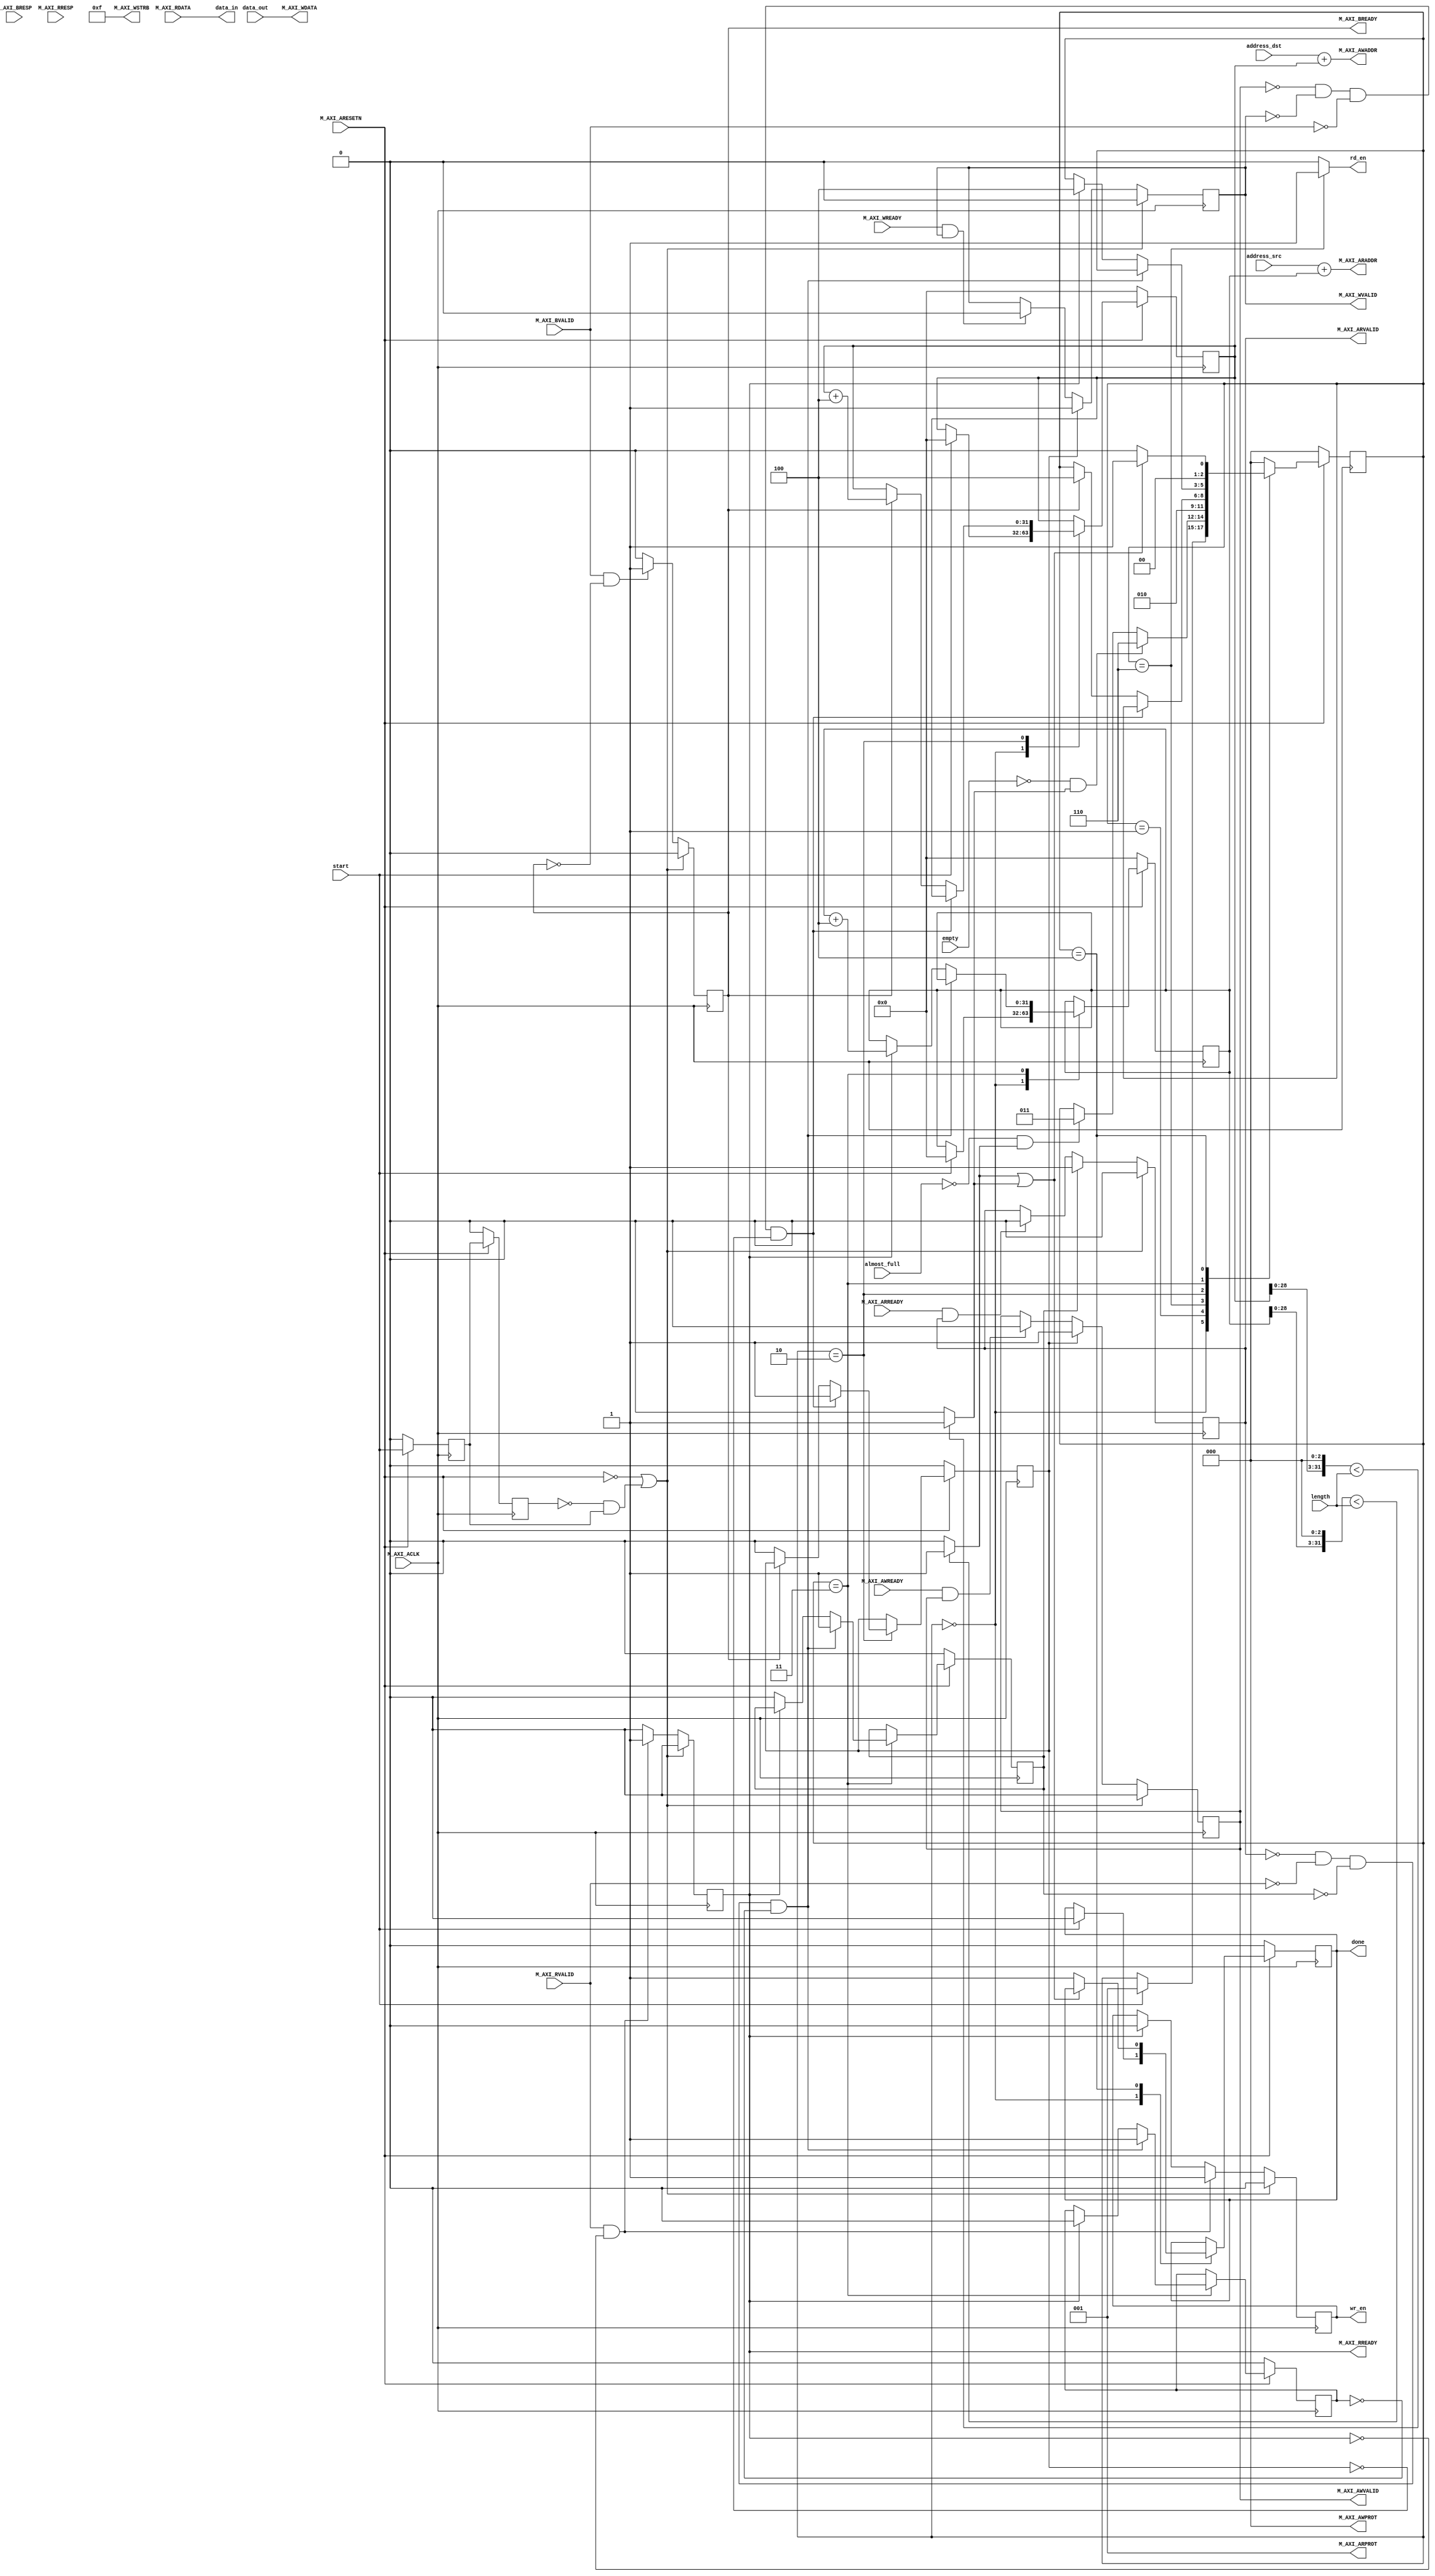
module axi_master #
(
	parameter integer C_M_AXI_ADDR_WIDTH	= 32,
	parameter integer C_M_AXI_DATA_WIDTH	= 32
)
(
  input wire start,
  output reg done,

  input wire [31:0] address_dst,
  input wire [31:0] address_src,
  input wire [15:0] length, 

  output wire rd_en,
  input wire [31:0]data_out,
  input wire empty,

  output reg wr_en,
  output wire [31:0] data_in,
  input wire almost_full,

	input wire  M_AXI_ACLK,
	input wire  M_AXI_ARESETN,
	output wire [C_M_AXI_ADDR_WIDTH-1 : 0] M_AXI_AWADDR,
	output wire [2 : 0] M_AXI_AWPROT,
	output wire  M_AXI_AWVALID,
	input wire  M_AXI_AWREADY,
	output wire [C_M_AXI_DATA_WIDTH-1 : 0] M_AXI_WDATA,
	output wire [C_M_AXI_DATA_WIDTH/8-1 : 0] M_AXI_WSTRB,
	output wire  M_AXI_WVALID,
	input wire  M_AXI_WREADY,
	input wire [1 : 0] M_AXI_BRESP,
	input wire  M_AXI_BVALID,
	output wire  M_AXI_BREADY,
	output wire [C_M_AXI_ADDR_WIDTH-1 : 0] M_AXI_ARADDR,
	output wire [2 : 0] M_AXI_ARPROT,
	output wire  M_AXI_ARVALID,
	input wire  M_AXI_ARREADY,
	input wire [C_M_AXI_DATA_WIDTH-1 : 0] M_AXI_RDATA,
	input wire [1 : 0] M_AXI_RRESP,
	input wire  M_AXI_RVALID,
	output wire  M_AXI_RREADY
);

 function integer clogb2 (input integer bit_depth);
	 begin
	 for(clogb2=0; bit_depth>0; clogb2=clogb2+1)
		 bit_depth = bit_depth >> 1;
	 end
 endfunction

parameter [2:0] IDLE = 2'b000,
    RUN                = 2'b001,
	INIT_WRITE         = 2'b010,
	INIT_READ          = 2'b011,
	DONE               = 3'b100,
  PREPARE_WRITE      = 3'b110;

reg [2:0] state;

reg  	axi_awvalid;
reg  	axi_wvalid;
reg  	axi_arvalid;
reg  	axi_rready;
reg  	axi_bready;
reg  	read_issued;
reg  	start_single_write;
reg  	start_single_read;
reg  	error_reg;
reg  	init_txn_ff;
reg  	init_txn_ff2;
reg  	init_txn_edge;
reg [31:0] dst_index;
reg [31:0] src_index;

wire  	init_txn_pulse;
wire  	write_resp_error;
wire  	read_resp_error;
// I/O Connections assignments

assign M_AXI_AWADDR	= address_dst + dst_index;
assign M_AXI_WDATA	= data_out;
assign M_AXI_AWPROT	= 3'b000;
assign M_AXI_AWVALID	= axi_awvalid;
assign M_AXI_WVALID	= axi_wvalid;
assign M_AXI_WSTRB	= 4'b1111;
assign M_AXI_BREADY	= axi_bready;
assign M_AXI_ARADDR	= address_src + src_index;
assign M_AXI_ARVALID	= axi_arvalid;
assign M_AXI_ARPROT	= 3'b001;
assign M_AXI_RREADY	= axi_rready;
assign init_txn_pulse	= (!init_txn_ff2) && init_txn_ff;

//Generate a pulse to initiate AXI transaction.
always @(posedge M_AXI_ACLK)
  begin
    // Initiates AXI transaction delay
    if ( M_AXI_ARESETN == 0 )
      begin
        init_txn_ff <= 1'b0;
        init_txn_ff2 <= 1'b0;
      end
    else
      begin
        init_txn_ff <= start;
        init_txn_ff2 <= init_txn_ff;
      end
  end


//--------------------
//Write Address Channel
//--------------------

// The purpose of the write address channel is to request the address and
// command information for the entire transaction.  It is a single beat
// of information.

// Note for this example the axi_awvalid/axi_wvalid are asserted at the same
// time, and then each is deasserted independent from each other.
// This is a lower-performance, but simplier control scheme.

// AXI VALID signals must be held active until accepted by the partner.

// A data transfer is accepted by the slave when a master has
// VALID data and the slave acknoledges it is also READY. While the master
// is allowed to generated multiple, back-to-back requests by not
// deasserting VALID, this design will add rest cycle for
// simplicity.

// Since only one outstanding transaction is issued by the user design,
// there will not be a collision between a new request and an accepted
// request on the same clock cycle.

  always @(posedge M_AXI_ACLK)
  begin
    //Only VALID signals must be deasserted during reset per AXI spec
    //Consider inverting then registering active-low reset for higher fmax
    if (M_AXI_ARESETN == 0 || init_txn_pulse == 1'b1)
      begin
        axi_awvalid <= 1'b0;
      end
      //Signal a new address/data command is available by user logic
    else
      begin
        if (start_single_write)
          begin
            axi_awvalid <= 1'b1;
          end
     //Address accepted by interconnect/slave (issue of M_AXI_AWREADY by slave)
        else if (M_AXI_AWREADY && axi_awvalid)
          begin
            axi_awvalid <= 1'b0;
          end
      end
  end




//--------------------
//Write Data Channel
//--------------------

//The write data channel is for transfering the actual data.
//The data generation is speific to the example design, and
//so only the WVALID/WREADY handshake is shown here

   always @(posedge M_AXI_ACLK)
   begin
     if (M_AXI_ARESETN == 0  || init_txn_pulse == 1'b1)
       begin
         axi_wvalid <= 1'b0;
       end
     //Signal a new address/data command is available by user logic
     else if (start_single_write)
       begin
         axi_wvalid <= 1'b1;
       end
     //Data accepted by interconnect/slave (issue of M_AXI_WREADY by slave)
     else if (M_AXI_WREADY && axi_wvalid)
       begin
        axi_wvalid <= 1'b0;
       end
   end


//----------------------------
//Write Response (B) Channel
//----------------------------

//The write response channel provides feedback that the write has committed
//to memory. BREADY will occur after both the data and the write address
//has arrived and been accepted by the slave, and can guarantee that no
//other accesses launched afterwards will be able to be reordered before it.

//The BRESP bit [1] is used indicate any errors from the interconnect or
//slave for the entire write burst. This example will capture the error.

//While not necessary per spec, it is advisable to reset READY signals in
//case of differing reset latencies between master/slave.

  always @(posedge M_AXI_ACLK)
  begin
    if (M_AXI_ARESETN == 0 || init_txn_pulse == 1'b1)
      begin
        axi_bready <= 1'b0;
      end
    // accept/acknowledge bresp with axi_bready by the master
    // when M_AXI_BVALID is asserted by slave
    else if (M_AXI_BVALID && ~axi_bready)
      begin
        axi_bready <= 1'b1;
      end
    // deassert after one clock cycle
    else if (axi_bready)
      begin
        axi_bready <= 1'b0;
      end
    // retain the previous value
    else
      axi_bready <= axi_bready;
  end

//Flag write errors
assign write_resp_error = (axi_bready & M_AXI_BVALID & M_AXI_BRESP[1]);


//----------------------------
//Read Address Channel
//----------------------------

  // A new axi_arvalid is asserted when there is a valid read address
  // available by the master. start_single_read triggers a new read
  // transaction
  always @(posedge M_AXI_ACLK)
  begin
    if (M_AXI_ARESETN == 0 || init_txn_pulse == 1'b1)
      begin
        axi_arvalid <= 1'b0;
      end
    //Signal a new read address command is available by user logic
    else if (start_single_read)
      begin
        axi_arvalid <= 1'b1;
      end
    //RAddress accepted by interconnect/slave (issue of M_AXI_ARREADY by slave)
    else if (M_AXI_ARREADY && axi_arvalid)
      begin
        axi_arvalid <= 1'b0;
      end
    // retain the previous value
  end


//--------------------------------
//Read Data (and Response) Channel
//--------------------------------

//The Read Data channel returns the results of the read request
//The master will accept the read data by asserting axi_rready
//when there is a valid read data available.
//While not necessary per spec, it is advisable to reset READY signals in
//case of differing reset latencies between master/slave.

  always @(posedge M_AXI_ACLK)
  begin
    if (M_AXI_ARESETN == 0 || init_txn_pulse == 1'b1)
      begin
        axi_rready <= 1'b0;
        wr_en      <= 1'b0;
      end
    // accept/acknowledge rdata/rresp with axi_rready by the master
    // when M_AXI_RVALID is asserted by slave
    else if (M_AXI_RVALID && ~axi_rready)
      begin
        axi_rready <= 1'b1;
        wr_en      <= 1'b1;
      end
    // deassert after one clock cycle
    else if (axi_rready)
      begin
        axi_rready <= 1'b0;
        wr_en      <= 1'b0;
      end
    // retain the previous value
  end

//Flag write errors
assign read_resp_error = (axi_rready & M_AXI_RVALID & M_AXI_RRESP[1]);

assign data_in = M_AXI_RDATA;

assign rd_en = state == PREPARE_WRITE ? 1'b1 : 1'b0;

wire pending_read;
wire pending_write;

assign pending_read  = (src_index<<3) < length ? 1'b1 : 1'b0;
assign pending_write = (dst_index<<3) < length ? 1'b1 : 1'b0;

//implement master command interface state machine
always @ ( posedge M_AXI_ACLK)
begin
  if (M_AXI_ARESETN == 1'b0)
    begin
      state              <= IDLE;
      start_single_write <= 1'b0;
      start_single_read  <= 1'b0;
      read_issued        <= 1'b0;                                                      
      dst_index          <= 32'b0;
      src_index          <= 32'b0;
      done               <= 1'b0;
    end
  else
    begin
      case (state)
        IDLE:
          if( start == 1'b1) begin
            state       <= RUN;
            dst_index   <= 32'b0;
            src_index   <= 32'b0;
            done        <= 1'b0;
          end
        RUN:
          if( empty == 1'b0 && pending_write == 1'b1)
            state = PREPARE_WRITE;
          else if( almost_full == 1'b0 && pending_read == 1'b1 )
	          state  <= INIT_READ;
        PREPARE_WRITE:
          state = INIT_WRITE;
        INIT_WRITE:
          begin
            if (~axi_awvalid && ~axi_wvalid && ~M_AXI_BVALID && ~start_single_write)
              start_single_write <= 1'b1;
            else if (axi_bready) begin
              dst_index  <= dst_index + 4;
              state      <= DONE;
            end else
              start_single_write <= 1'b0;
          end
        INIT_READ:
          if (~axi_arvalid && ~M_AXI_RVALID && ~start_single_read && ~read_issued)
          begin
            start_single_read <= 1'b1;
            read_issued       <= 1'b1;                                          
          end
          else if (axi_rready)
          begin
            src_index   <= src_index + 4;
            state       <= DONE;
            read_issued <= 1'b0;
          end
          else begin
            start_single_read <= 1'b0;
          end
        DONE:
          if( pending_read || pending_write)
            state <= RUN;
          else begin
            state <= IDLE;
            done  <= 1'b1;
          end
        default:
            state  <= IDLE;
      endcase
    end
  end

endmodule